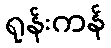
ရုန်းကန်